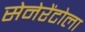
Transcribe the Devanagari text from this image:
सेनेरेंटोला